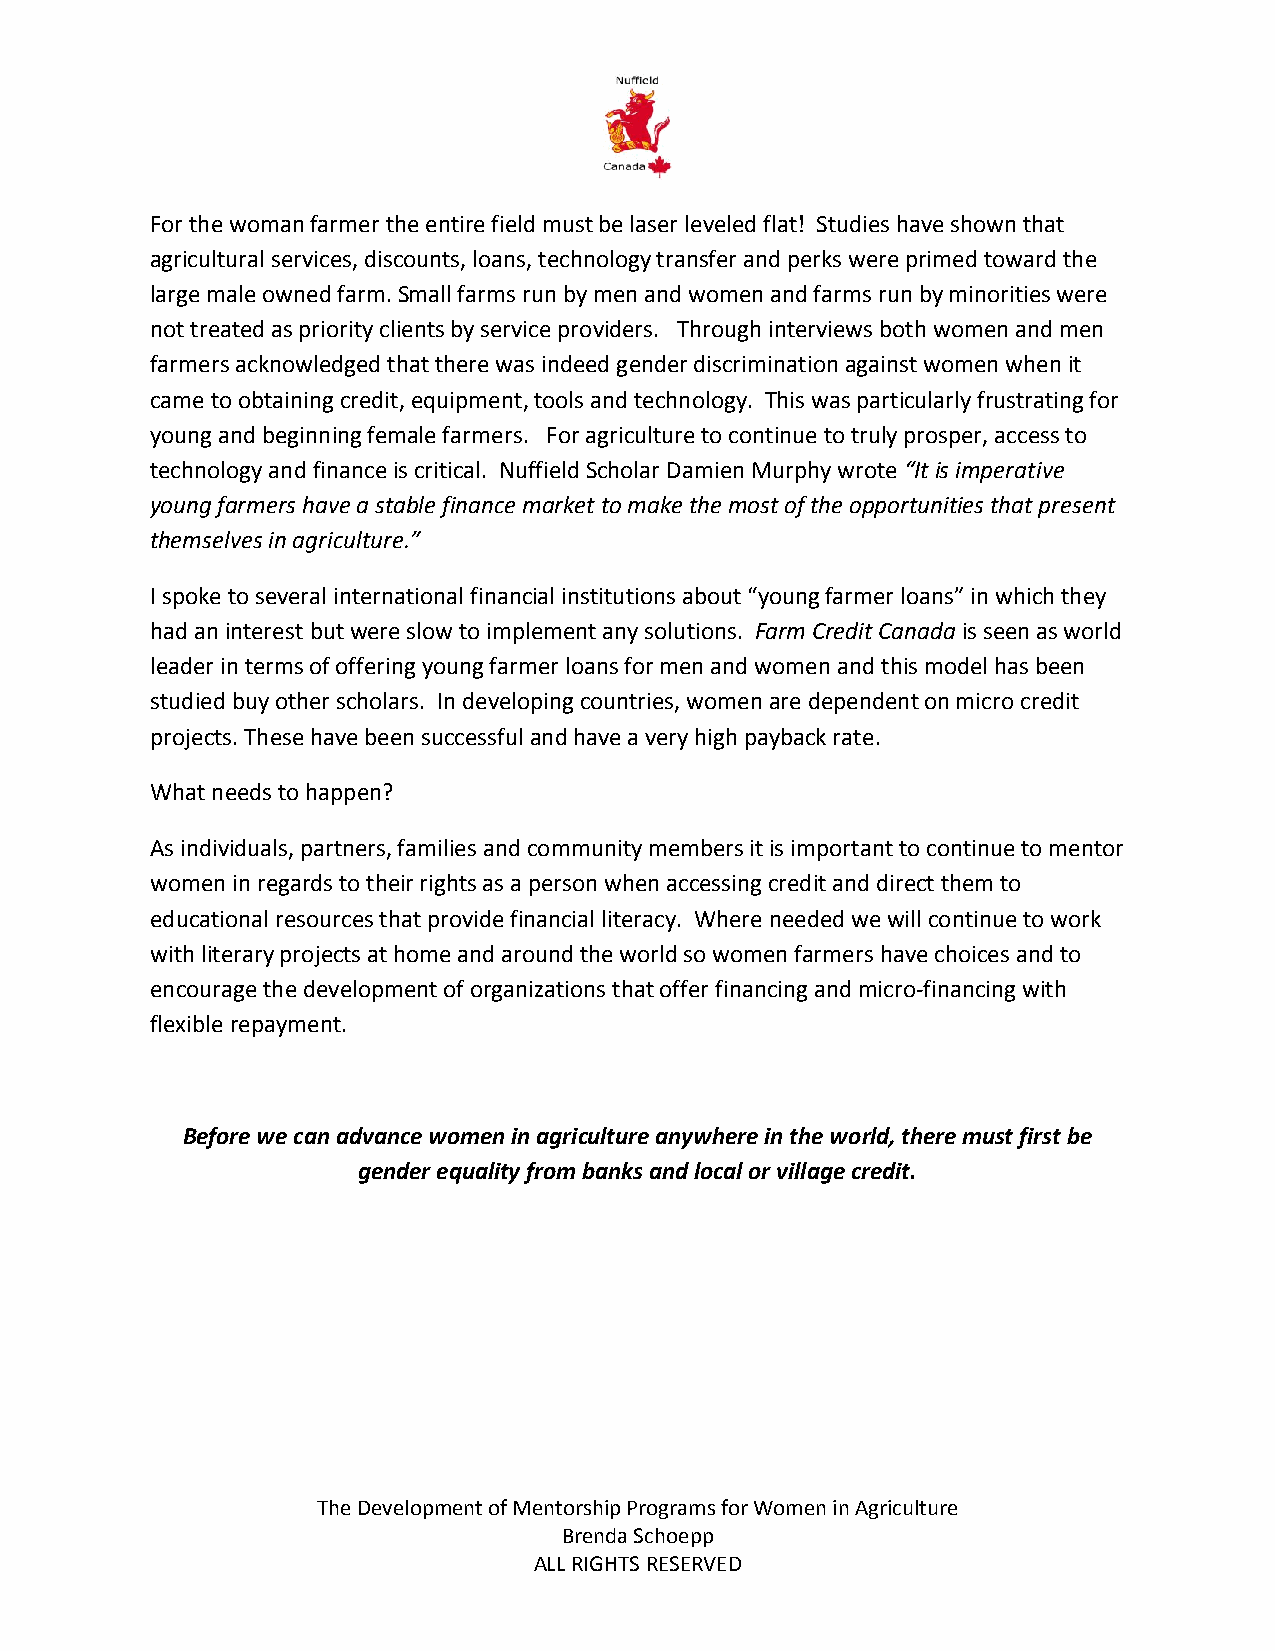
For the woman farmer the entire field must be laser leveled flat! Studies have shown that
 agricultural services, discounts, loans, technology transfer and perks were primed toward the
 large male owned farm. Small farms run by men and women and farms run by minorities were
 not treated as priority clients by service providers. Through interviews both women and men
 farmers acknowledged that there was indeed gender discrimination against women when it
 came to obtaining credit, equipment, tools and technology. This was particularly frustrating for
 young and beginning female farmers. For agriculture to continue to truly prosper, access to
 technology and finance is critical. Nuffield Scholar Damien Murphy wrote “It is imperative
 young farmers have a stable finance market to make the most of the opportunities that present
 themselves in agriculture.”
 I spoke to several international financial institutions about “young farmer loans” in which they
 had an interest but were slow to implement any solutions. Farm Credit Canada is seen as world
 leader in terms of offering young farmer loans for men and women and this model has been
 studied buy other scholars. In developing countries, women are dependent on micro credit
 projects. These have been successful and have a very high payback rate.
 What needs to happen?
 As individuals, partners, families and community members it is important to continue to mentor
 women in regards to their rights as a person when accessing credit and direct them to
 educational resources that provide financial literacy. Where needed we will continue to work
 with literary projects at home and around the world so women farmers have choices and to
 encourage the development of organizations that offer financing and micro-financing with
 flexible repayment.
 Before we can advance women in agriculture anywhere in the world, there must first be
 gender equality from banks and local or village credit.
 The Development of Mentorship Programs for Women in Agriculture
 Brenda Schoepp
 ALL RIGHTS RESERVED